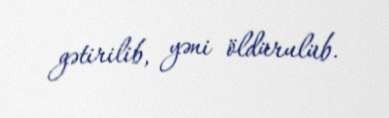
gətirilib, yəni öldürulüb.